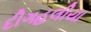
દીગહલીયા